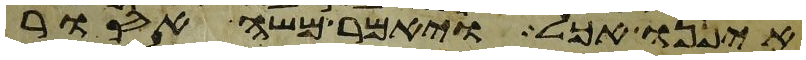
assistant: איננו אכל ויאמר משה אסור